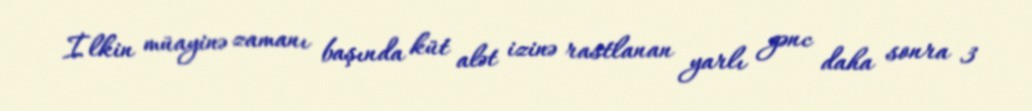
İlkin müayinə zamanı başında küt alət izinə rastlanan yarlı gənc daha sonra 3